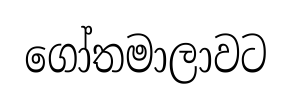
ගෝතමාලාවට